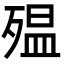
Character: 殟